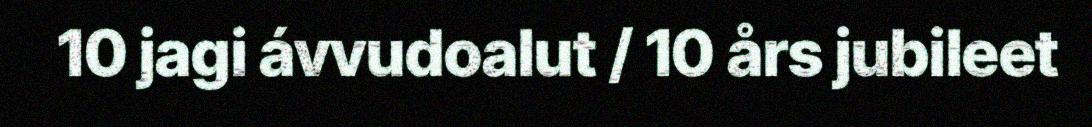
10 jagi ávvudoalut / 10 års jubileet